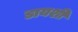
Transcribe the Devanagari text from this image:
डायशी